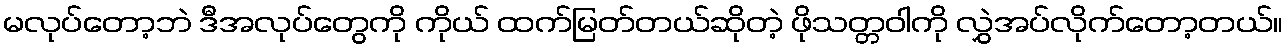
မလုပ်တော့ဘဲ ဒီအလုပ်တွေကို ကိုယ် ထက်မြတ်တယ်ဆိုတဲ့ ဖိုသတ္တဝါကို လွှဲအပ်လိုက်တော့တယ်။